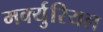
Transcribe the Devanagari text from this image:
मर्क्युरियल